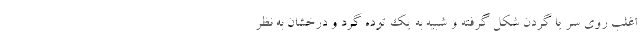
اغلب روی سر یا گردن شکل گرفته و شبیه به یک توده گرد و درخشان به نظر